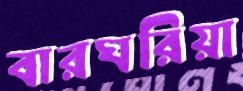
বারঘরিয়া